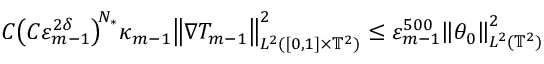
C \bigl ( C \varepsilon _ { m - 1 } ^ { 2 \delta } \bigr ) ^ { \! N _ { * } } \kappa _ { m - 1 } \bigl \| \nabla T _ { m - 1 } \bigr \| _ { L ^ { 2 } ( [ 0 , 1 ] \times \ensuremath { \mathbb { T } } ^ { 2 } ) } ^ { 2 } \leq \varepsilon _ { m - 1 } ^ { 5 0 0 } \mathopen { } \mathclose \bgroup \left\| \theta _ { 0 } \aftergroup \egroup \right\| _ { L ^ { 2 } ( \ensuremath { \mathbb { T } } ^ { 2 } ) } ^ { 2 }